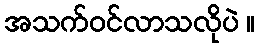
အသက်ဝင်လာသလိုပဲ ။